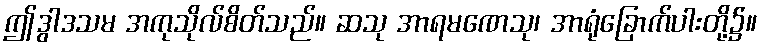
ဤဒွါဒသမ အကုသိုလ်စိတ်သည်။ ဆသု အာရမဏေသု၊ အာရုံခြောက်ပါးတို့၌။